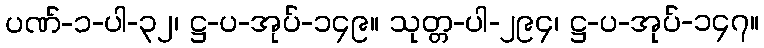
ပဏ်-၁-ပါ-၃၂၊ ဋ္ဌ-ပ-အုပ်-၁၄၉။ သုတ္တ-ပါ-၂၉၄၊ ဋ္ဌ-ပ-အုပ်-၁၄၇။